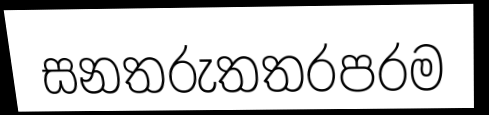
සනතරුතතරපරම